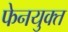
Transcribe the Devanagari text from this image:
फेनयुक्त